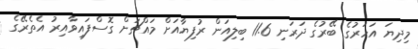
މިދިޔަ އަހަރުގެ ބޭރުގެ ދަރަނި 11.6 ބިލިއަން ރުފިޔާއަށް މައްޗަށް ގޮސްފައިވާއިރު އެތެރޭގެ